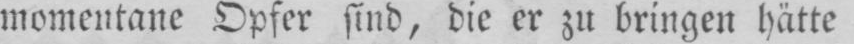
momentane Opfer sind, die er zu bringen hätte